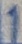
Text: 1